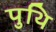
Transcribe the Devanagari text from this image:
पुथि